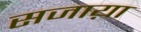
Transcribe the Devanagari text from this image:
सजाय़ा